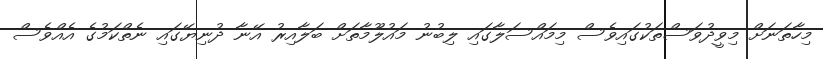
މިހާތަނަށް މިވީދުވަސްތަކުގައިވެސް މިމައްސަލާގައި ލިބުނު މައުލޫމާތަށް ބަލާއިރު އޭނާ ދުނިޔޭގައި ނެތްކަމުގެ އެއްވެސް